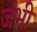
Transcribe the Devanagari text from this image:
जंभी